Madras plague regulations in force outside the Presidency town - Volume 6
Disease focus: Plague
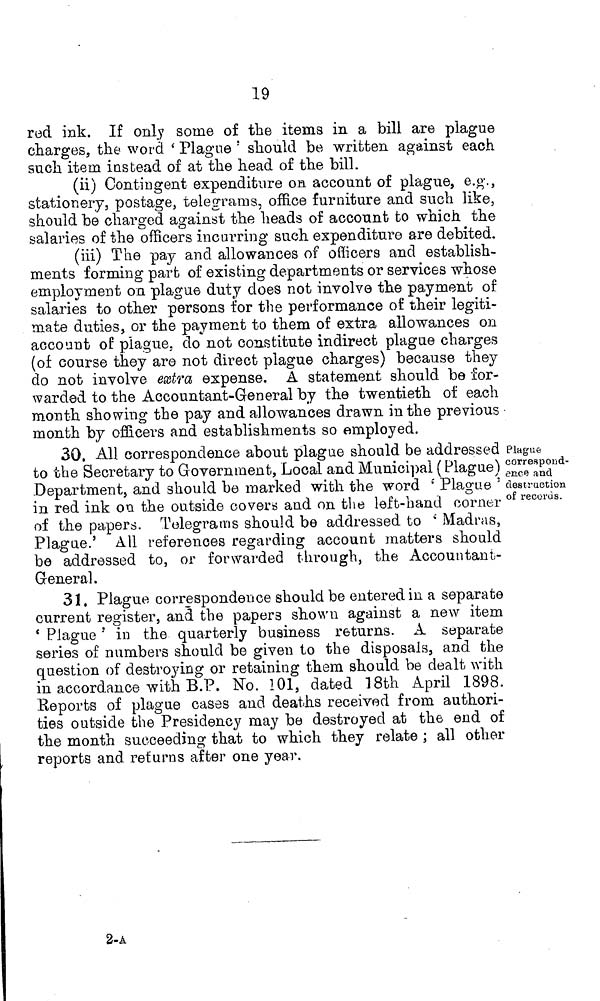
19
rod ink. If only some of the items in a bill are plague
charges, the word 'Plague' should be written against each
such item instead of at the head of the bill.
(ii) Contingent expenditure on account of plague, e.g.,
stationery, postage, telegrams, office furniture and such like,
should be charged against the heads of account to which the
salaries of the officers incurring such expenditure are debited.
(iii) The pay and allowances of officers and establish-
ments forming part of existing departments or services whose
employment on plague duty does not involve the payment of
salaries to other persons for the performance of their legiti-
mate duties, or the payment to them of extra allowances on
account of plague, do not constitute indirect plague charges
(of course they are not direct plague charges) because they
do not involve extra expense. A statement should be for-
warded to the Accountant-Gen eral by the twentieth of each
month showing the pay and allowances drawn in the previous •
month by officers and establishments so employed.
30. All correspondence about plague should be addressed
to the Secretary to Government, Local and Municipal ( Plague)
Department, and should be marked with the word '' Plague '
in red ink on the outside covers and on the left-hand corner
of the papers. Telegrams should be addressed to 'Madras,
Plague.' All references regarding account matters should
be addressed to, or forwarded through, the Accountant-
General.
Plague
correspond-
ence and
destruction
of records.
31. Plague correspondence should be entered in a separate
current register, and the papers shown against a new item
'Plague' in the quarterly business returns. A separate
series of numbers should be given to the disposals, and the
question of destroying or retaining them should be dealt with
in accordance with B.P. No. 101, dated 18th April 1898.
Reports of plague cases and deaths received from authori-
ties outside the Presidency may be destroyed at the end of
the month succeeding that to which they relate ; all other
reports and returns after one year.
2-A